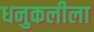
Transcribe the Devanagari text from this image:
धनुकलीला